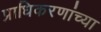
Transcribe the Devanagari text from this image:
प्राधिकरणांच्या